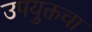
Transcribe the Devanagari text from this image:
उपयुक्तचा